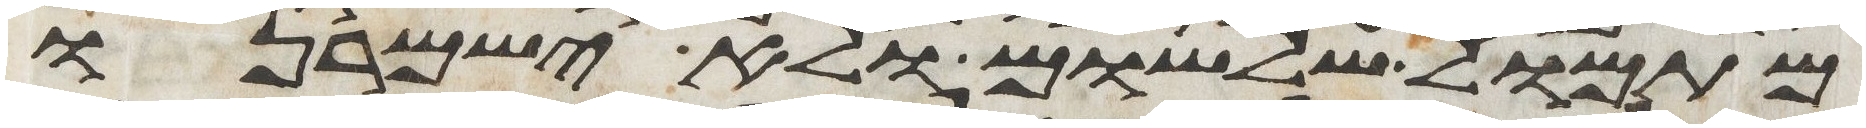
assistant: מתמול שלשום ולא ישמרנו